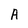
Character: A